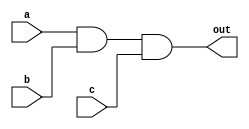
`timescale 1 ns / 1 ns

module and3(a, b, c, out);

input a, b, c;
output out;

assign #10 out = a & b & c;
endmodule